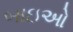
બાઇઓ